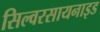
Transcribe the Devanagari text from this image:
सिल्वरसायनाइड